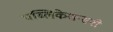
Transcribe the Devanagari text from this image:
पब्लिकेशन्सनी